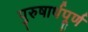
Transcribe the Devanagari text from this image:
पुरुषार्थपूर्ण